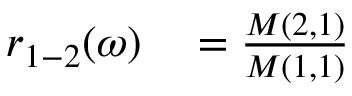
\begin{array} { r l } { r _ { 1 - 2 } ( \omega ) } & { { } = \frac { M ( 2 , 1 ) } { M ( 1 , 1 ) } } \end{array}